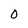
Character: O